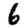
Digit: 6